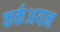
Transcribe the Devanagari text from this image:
कर्कअयन